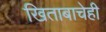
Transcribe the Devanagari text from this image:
खिताबाचेही